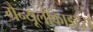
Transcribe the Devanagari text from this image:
ग्रैन्यूलोकाइट्स